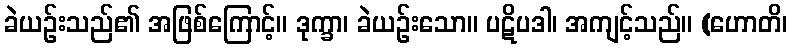
ခဲယဉ်းသည်၏ အဖြစ်ကြောင့်။ ဒုက္ခာ၊ ခဲယဉ်းသော။ ပဋိပဒါ၊ အကျင့်သည်။ (ဟောတိ၊